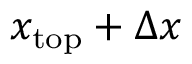
x _ { \mathrm { { t o p } } } + \Delta x